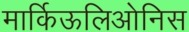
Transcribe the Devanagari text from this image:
मार्किऊलिओनिस